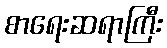
စာရေးဆရာကြီး